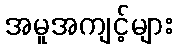
အမူအကျင့်များ